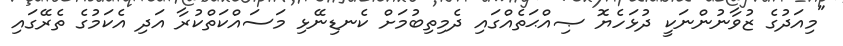
"މިއަދުގެ ޒުވާނުންނަކީ ދުޅަހެޔޮ ޞިއްޙަތެއްގައި ދެމިތިބުމަށް ކެނޑިނޭޅި މަސައްކަތްކުރާ އަދި އެކަމުގެ ތެރޭގައި